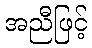
အညီဖြင့်